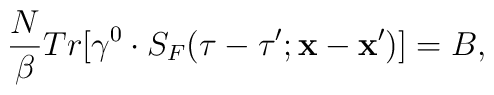
\frac{N}{\beta}Tr[\gamma^{0}\cdot S_{F}(\tau-\tau';{\bf x}-{\bf x}')]=B,